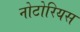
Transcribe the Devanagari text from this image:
नोटोरियस